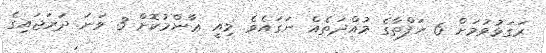
ރަގަޅުވުމަށް 6 ހަފްތާގެ މުއްދަތެއް ނަގައެވެ. މިއީ ޢާންމުކޮށް 3 ވަނަ ދަރަޖައިގެ